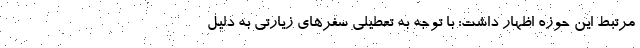
مرتبط این حوزه اظهار داشت: با توجه به تعطیلی سفرهای زیارتی به دلیل